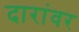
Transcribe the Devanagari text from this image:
दारांवर